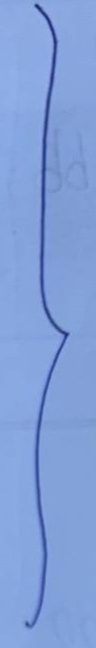
}